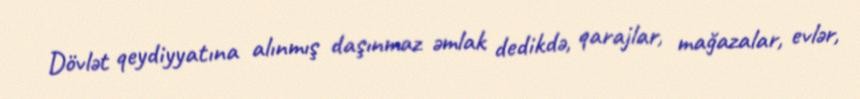
Dövlət qeydiyyatına alınmış daşınmaz əmlak dedikdə, qarajlar, mağazalar, evlər,